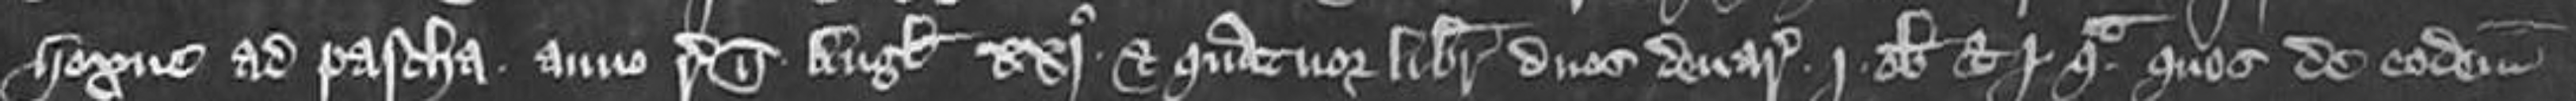
Hoxne ad pascha anno regni nostri Anglie xxj et quatuor libras duos denarios j obolum et j quadrantam quos de eodem